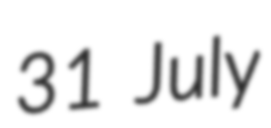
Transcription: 31 July